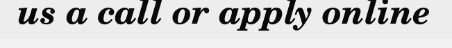
us a call or apply online